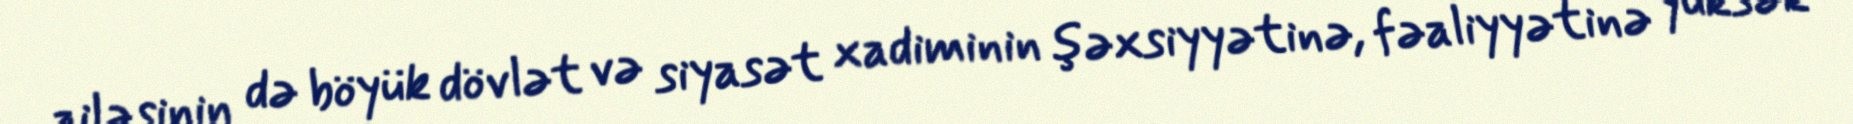
ailəsinin də böyük dövlət və siyasət xadiminin şəxsiyyətinə, fəaliyyətinə yüksək